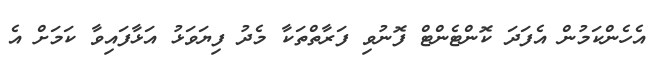
އެހެންކަމުން އެފަދަ ކޮންޓެންޓް ފޮނުވި ފަރާތްތަކާ މެދު ފިޔަވަޅު އަޅާފައިވާ ކަމަށް އެ